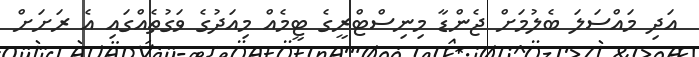
އަދި މައްސަލަ ބެލުމަށް ޖެންޑާ މިނިސްޓްރީގެ ޓީމެއް މިއަދުގެ ވަގުތެއްގައި އެ ރަށަށް